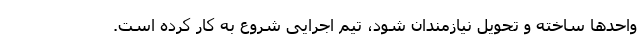
واحد‌ها ساخته و تحویل نیازمندان شود، تیم اجرایی شروع به کار کرده است.